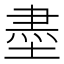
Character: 𡎀